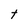
Character: t